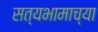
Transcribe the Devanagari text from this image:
सत्यभामाच्या